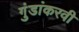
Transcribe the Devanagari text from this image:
गुंडांकरवी